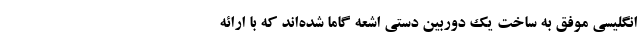
انگلیسی موفق به ساخت یک دوربین دستی اشعه گاما شده‌اند که با ارائه